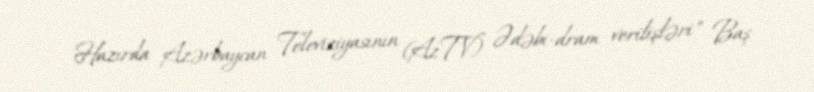
Hazırda Azərbaycan Televiziyasının (AzTV) Ədəbi-dram verilişləri" Baş